Source: Handwritten
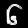
Digit: ၆ (6)